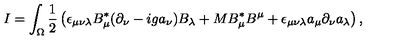
I = \int _ { \Omega } \frac { 1 } { 2 } \left( \epsilon _ { \mu \nu \lambda } B _ { \mu } ^ { * } ( \partial _ { \nu } - i g a _ { \nu } ) B _ { \lambda } + M B _ { \mu } ^ { * } B ^ { \mu } + \epsilon _ { \mu \nu \lambda } a _ { \mu } \partial _ { \nu } a _ { \lambda } \right) ,